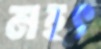
মহৎ